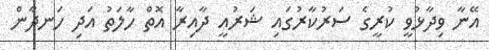
އޭނާ ވިދާޅުވީ ކުރީގެ ސަރުކާރުގައި ޝަރުއީ ދާއިރާ އޮތް ހާލަތު އަދި ހަނދާން